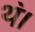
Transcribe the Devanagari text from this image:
थ॓।